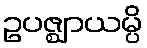
ဥပဇ္ဈာယမ္ပိ